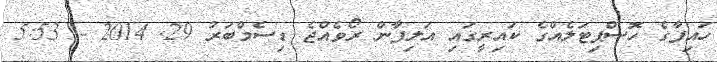
ހައިފާގެ ހޮސްޕިޓަލެއްގެ ކައިރީގައި އަލިފާން ރޯވެއްޖެ ޑިސެމްބަރު 29